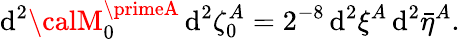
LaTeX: \mathrm{d}^{2}{\calM}_{0}^{\primeA}\, \mathrm{d}^{2}\zeta_{0}^{A}=2^{-8}\, \mathrm{d}^{2}\xi^{A}\, \mathrm{d}^{2}\bar{{\eta}}^{A}.